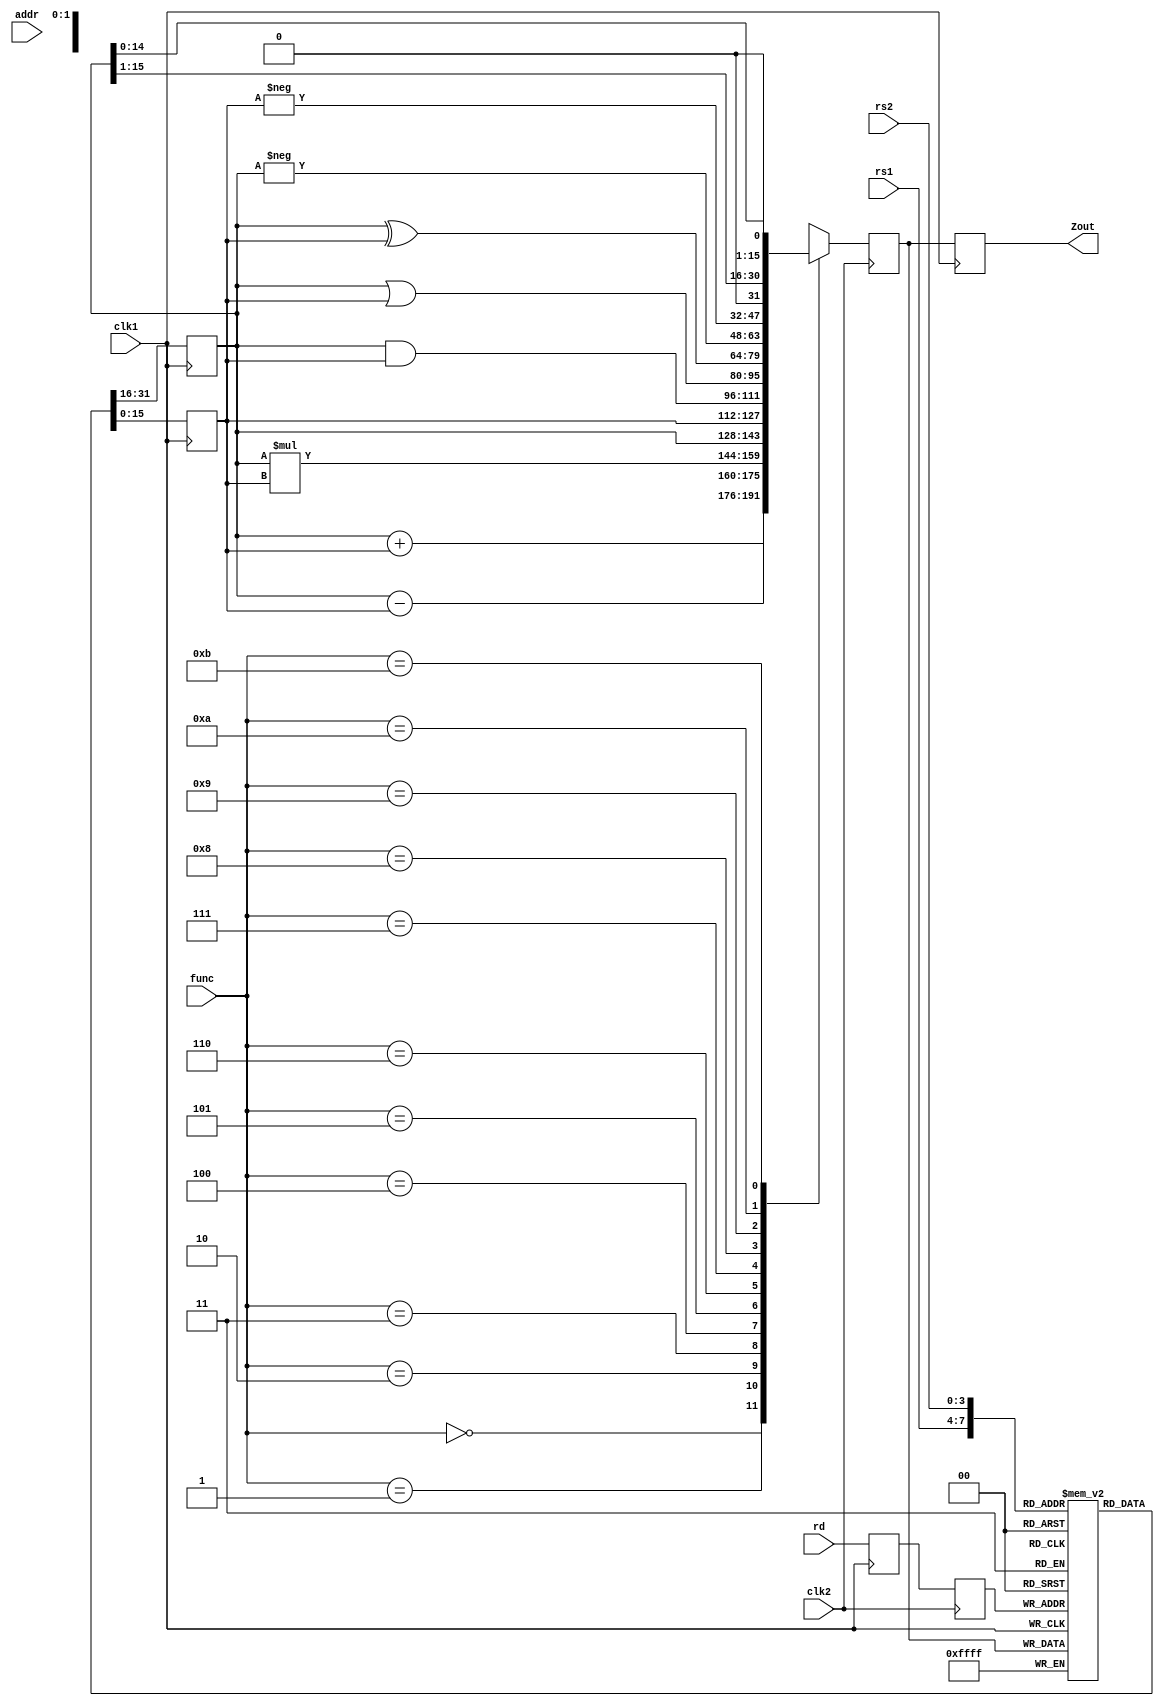
`timescale 1ns / 1ps
//////////////////////////////////////////////////////////////////////////////////
// Company: 
// Engineer: 
// 
// Design Name: 
// Module Name:    PIPE_EX_2 
// Project Name: 
// Target Devices: 
// Tool versions: 
// Description: 
//
// Dependencies: 
//
// Revision: 
// Revision 0.01 - File Created
// Additional Comments: 
//
//////////////////////////////////////////////////////////////////////////////////
module PIPE_EX_2(Zout,rs1,rs2,rd,func,addr,clk1,clk2);
input [3:0] rs1,rs2,rd,func;
input [7:0] addr;
input clk1,clk2;
output [15:0] Zout;
reg [15:0] L12_A,L12_B,L23_Z,L34_Z;
reg [3:0] L12_rd,L12_func,L23_rd;
reg [7:0] L12_addr,L23_addr,L34_addr;
reg [15:0] regbank [0:15];
reg [15:0] mem [0:255];
assign Zout = L34_Z;

always @ (posedge clk1)
begin
L12_A <= #2 regbank[rs1];
L12_B <= #2 regbank[rs2];
L12_rd <= #2 rd;
L12_func <= #2 func;
L12_addr <= #2 addr;
end

always @ (negedge clk2)
begin
case (func)
0: L23_Z <= #2 L12_A + L12_B;
1: L23_Z <= #2 L12_A - L12_B;
2: L23_Z <= #2 L12_A * L12_B;
3: L23_Z <= #2 L12_A;
4: L23_Z <= #2 L12_B;
5: L23_Z <= #2 L12_A & L12_B;
6: L23_Z <= #2 L12_A | L12_B;
7: L23_Z <= #2 L12_A ^ L12_B;
8: L23_Z <= #2 - L12_A;
9: L23_Z <= #2 - L12_B;
10: L23_Z <= #2 L12_A >> 1;
11: L23_Z <= #2 L12_A << 1;
default: L23_Z <= #2 16'hxxxx;
endcase
L23_rd <= #2 L12_rd;
L23_addr <= #2 L12_addr;
end

always @ (posedge clk1)
begin
regbank[L23_rd] <= #2 L23_Z;
L34_Z <= #2 L23_Z;
L34_addr <= #2 L23_addr;
end

always @(negedge clk2)
begin
mem[L34_addr] <= #2 L34_Z;
end

endmodule